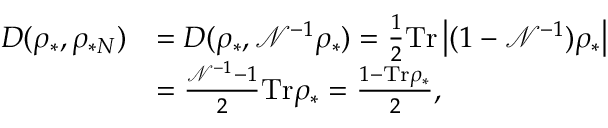
\begin{array} { r l } { D ( \rho _ { \ast } , \rho _ { \ast N } ) } & { = D ( \rho _ { \ast } , \mathcal { N } ^ { - 1 } \rho _ { \ast } ) = \frac { 1 } { 2 } \mathrm { T r } \left\vert ( 1 - \mathcal { N } ^ { - 1 } ) \rho _ { \ast } \right\vert } \\ & { = \frac { \mathcal { N } ^ { - 1 } - 1 } { 2 } \mathrm { T r } \rho _ { \ast } = \frac { 1 - \mathrm { T r } \rho _ { \ast } } { 2 } , } \end{array}